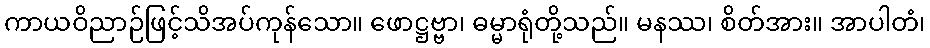
ကာယဝိညာဉ်ဖြင့်သိအပ်ကုန်သော။ ဖောဋ္ဌဗ္ဗာ၊ ဓမ္မာရုံတို့သည်။ မနဿ၊ စိတ်အား။ အာပါတံ၊